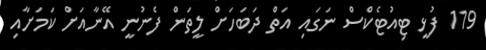
119 ފުޅީ ޓިއުޓެކްސް ނަގައި އަތް ދަބަހަށް ލީތަން ފެނުނީ އޭނާއަށް ކަމަށާއި